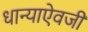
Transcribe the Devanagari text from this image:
धान्याऐवजी